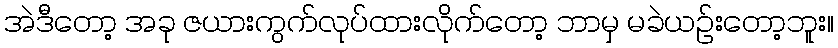
အဲဒီတော့ အခု ဇယားကွက်လုပ်ထားလိုက်တော့ ဘာမှ မခဲယဉ်းတော့ဘူး။